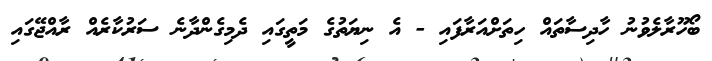
ބޯހޫރާލެވުނު ހާދިސާތައް ހިތަށްއަރާފައި - އެ ނިޔަތުގެ މަތީގައި ދެމިގެންދާނެ ސަރުކާރެއް ރާއްޖޭގައި